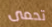
تحمى